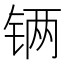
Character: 𲇾